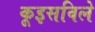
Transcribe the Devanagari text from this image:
कूइसविले